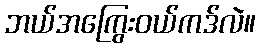
ဘယ်အကြွေးဝယ်ကဒ်လဲ။